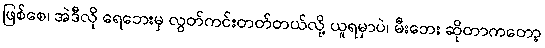
ဖြစ်စေ၊ အဲဒီလို ရေဘေးမှ လွတ်ကင်းတတ်တယ်လို့ ယူရမှာပဲ၊ မီးဘေး ဆိုတာကတော့